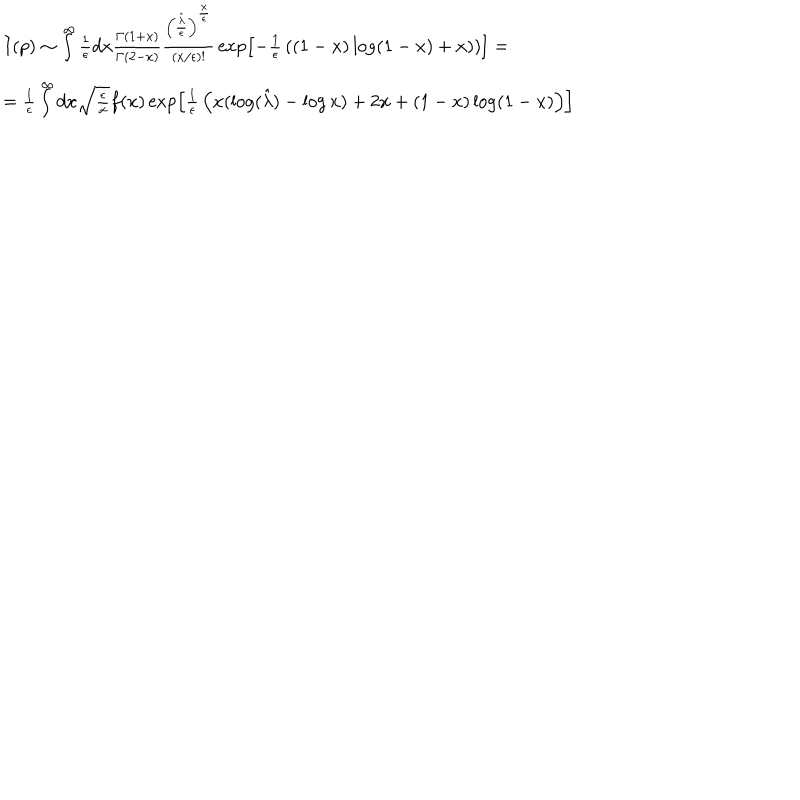
LaTeX: \begin{array} { l } { { I ( p ) \sim \int ^ { \infty } { \frac { 1 } { \epsilon } } d x { \frac { \Gamma ( 1 + x ) } { \Gamma ( 2 - x ) } } { \frac { \left( { \frac { \hat { \lambda } } { \epsilon } } \right) ^ { \frac { x } { \epsilon } } } { ( x / \epsilon ) ! } } \exp \left[ - { \frac { 1 } { \epsilon } } \left( ( 1 - x ) \log ( 1 - x ) + x ) \right) \right] = } } \\ { { = { \frac { 1 } { \epsilon } } \int ^ { \infty } d x \sqrt { \frac { \epsilon } { x } } f ( x ) \exp \left[ { \frac { 1 } { \epsilon } } \left( x ( \log ( { \hat { \lambda } } ) - \log x ) + 2 x + ( 1 - x ) \log ( 1 - x ) \right) \right] } } \\ \end{array}